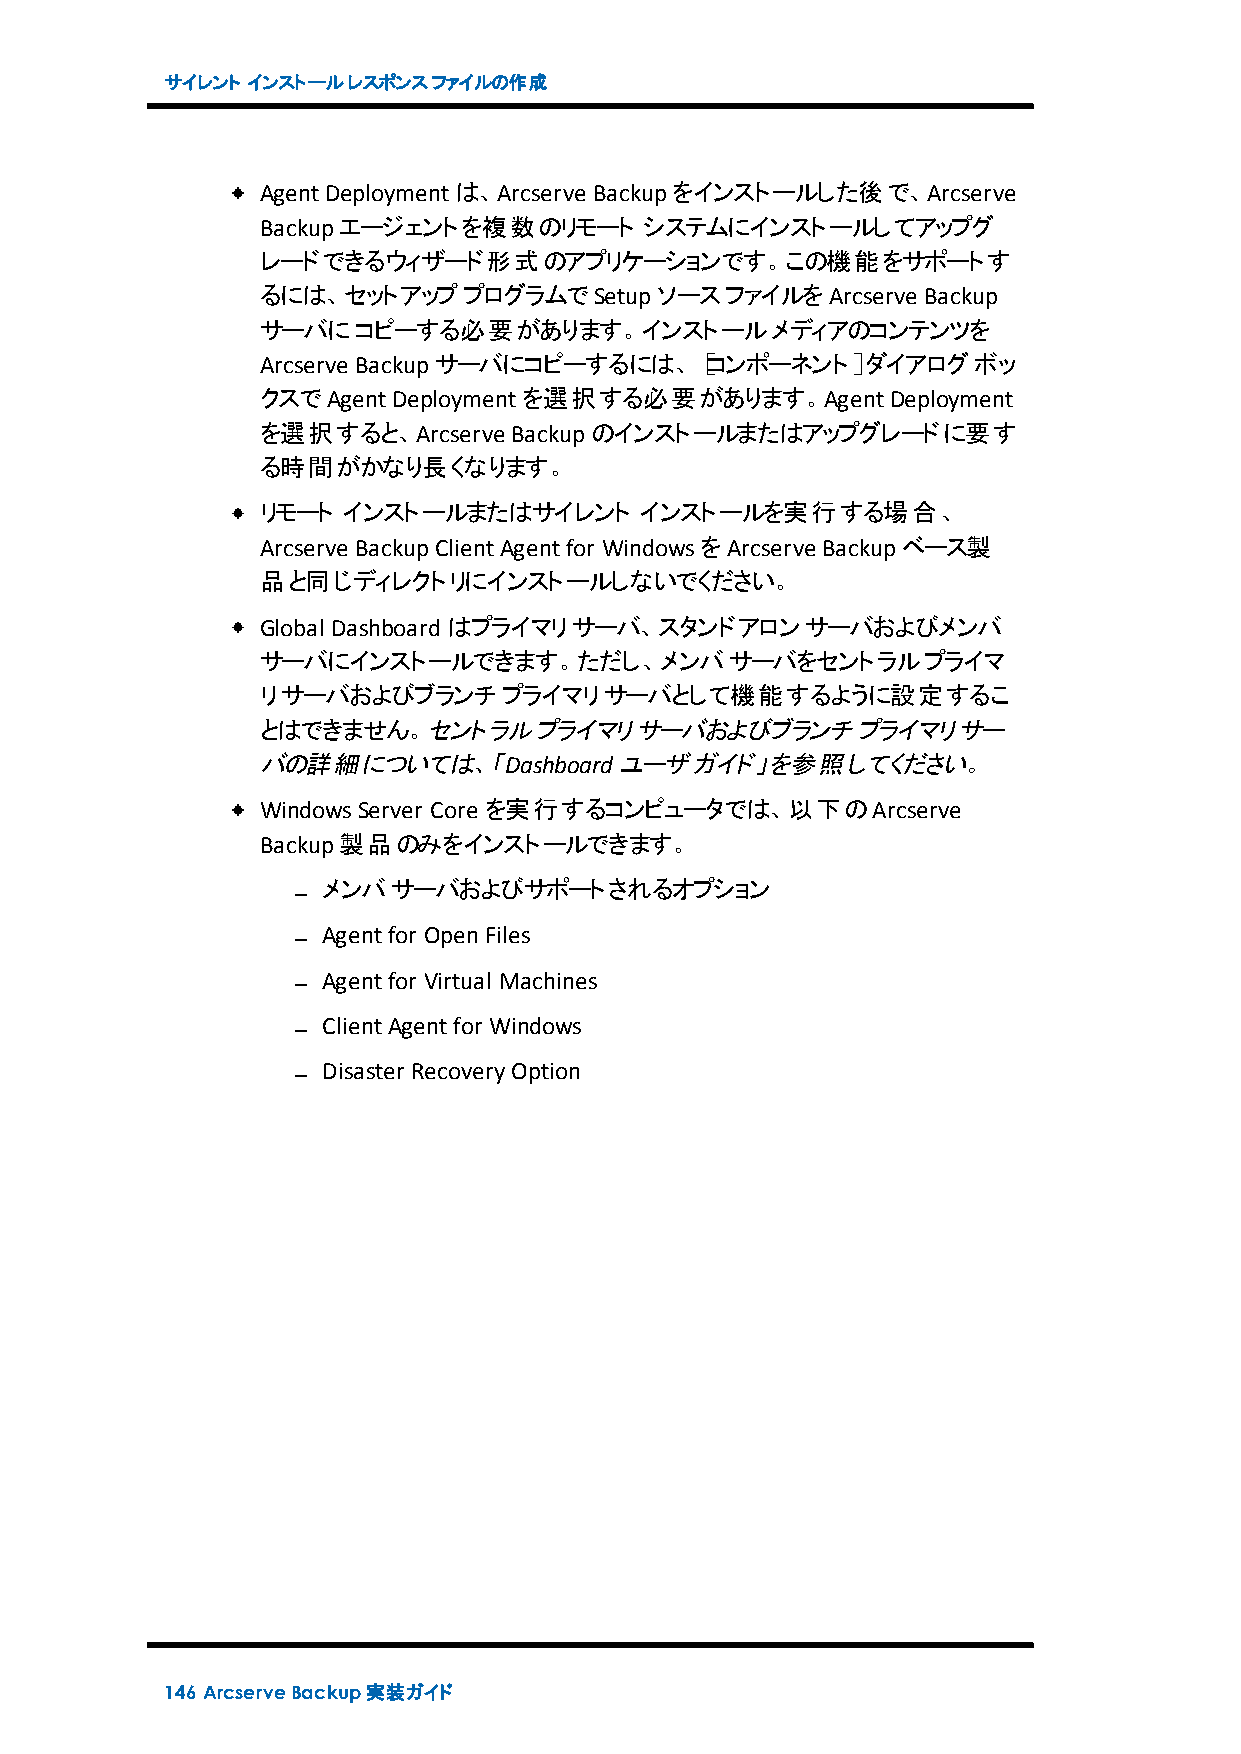
サイレント インストールレスポンスファイルの作成
 AgentDeploymentは、Arcserve Backupをインストールした後で、Arcserve
 Backupエージェントを複数のリモート      システムにインストールしてアップグ
 レードできるウィザード形式のアプリケーションです。この機能をサポートす
 るには、セットアッププログラムでSetupソースファイルをArcserve       Backup
 サーバにコピーする必要があります。インストールメディアのコンテンツを
 Arcserve Backupサーバにコピーするには、［コンポーネント］ダイアログボッ
 クスでAgentDeploymentを選択する必要があります。AgentDeployment
 を選択すると、Arcserve  Backupのインストールまたはアップグレードに要す
 る時間がかなり長くなります。
 リモート  インストールまたはサイレント     インストールを実行する場合、
 Arcserve BackupClientAgentfor WindowsをArcserve Backupベース製
 品と同じディレクトリにインストールしないでください。
 Global Dashboardはプライマリサーバ、スタンドアロンサーバおよびメンバ
 サーバにインストールできます。ただし、メンバサーバをセントラルプライマ
 リサーバおよびブランチプライマリサーバとして機能するように設定するこ
 とはできません。セントラルプライマリサーバおよびブランチプライマリサー
 バの詳細については、「Dashboardユーザガイド」を参照してください。
 WindowsServer Core を実行するコンピュータでは、以下のArcserve
 Backup製品のみをインストールできます。
 メンバサーバおよびサポートされるオプション
 Agentfor OpenFiles
 Agentfor Virtual Machines
 ClientAgentfor Windows
 Disaster RecoveryOption
 146 ArcserveBackup実装ガイド